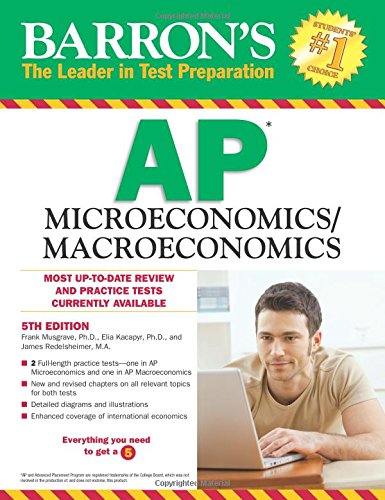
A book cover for Barron's AP Microeconomics/Macroeconomics, 5th Edition; Frank Musgrave Ph.D.; Test Preparation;